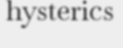
hysterics